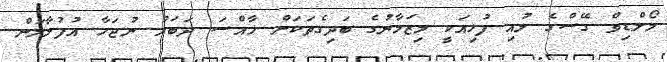
މޯލްޑިވް ގޭސްގެ ލުއި ފުޅިއަކީ މިޒަމާނުގެ ބަދިގެތަކަށް ޚާއްސަ ދަބަރު ނުޖަހާ އުފުލާލަން